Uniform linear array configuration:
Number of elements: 64
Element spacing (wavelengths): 0.5
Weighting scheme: exponential
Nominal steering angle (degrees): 30
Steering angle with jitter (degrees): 28.724
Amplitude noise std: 0.05
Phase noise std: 0.05

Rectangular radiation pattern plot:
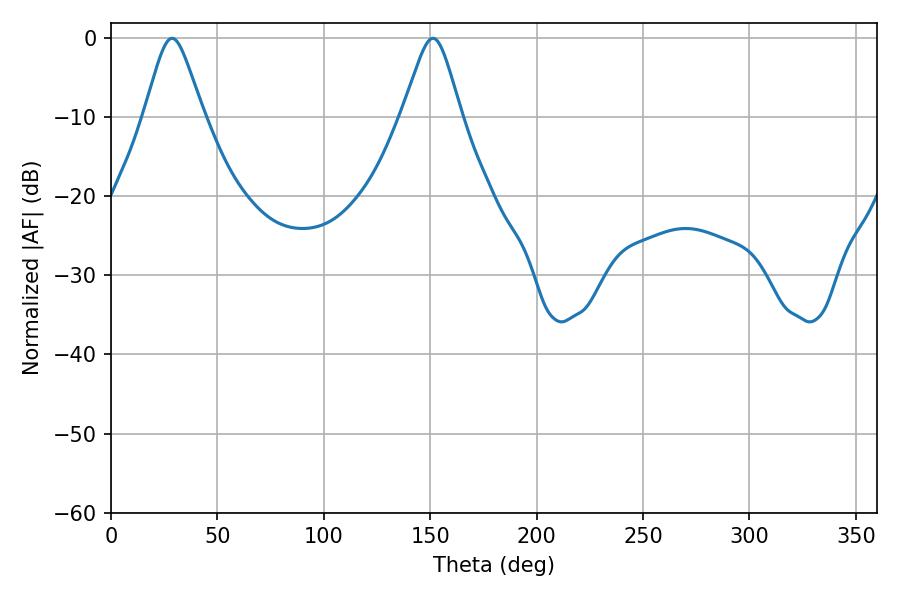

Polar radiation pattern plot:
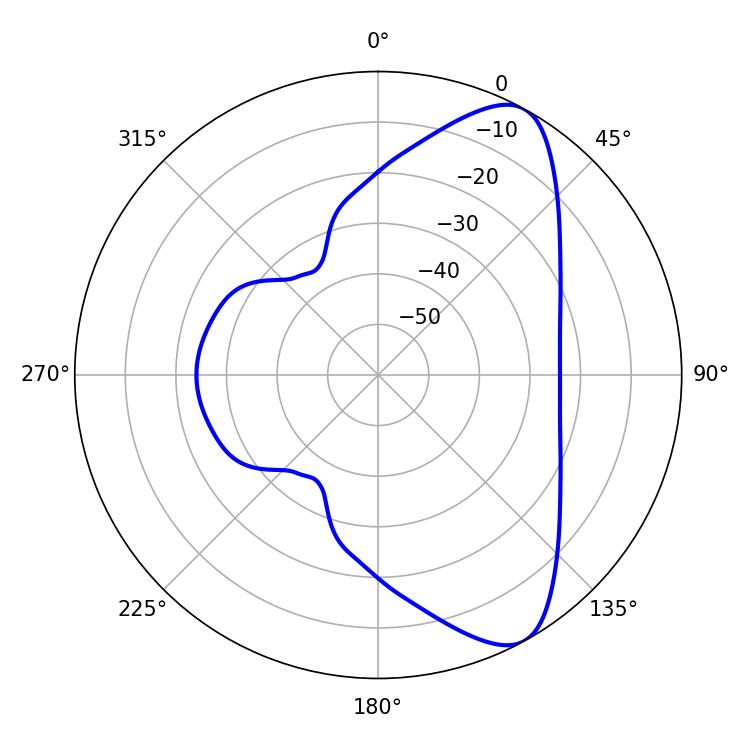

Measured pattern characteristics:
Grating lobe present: FALSE
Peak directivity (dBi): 8.595
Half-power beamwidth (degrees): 13.14
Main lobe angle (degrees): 151.38